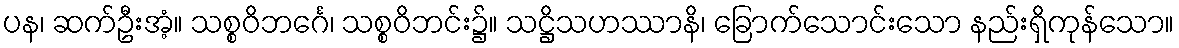
ပန၊ ဆက်ဦးအံ့။ သစ္စဝိဘင်္ဂေ၊ သစ္စဝိဘင်း၌။ သဋ္ဌိသဟဿာနိ၊ ခြောက်သောင်းသော နည်းရှိကုန်သော။